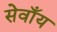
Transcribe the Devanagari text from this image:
सेवाँय